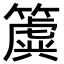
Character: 簴